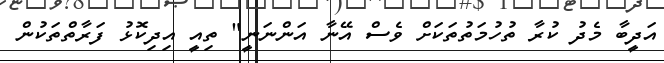
އަދީބާ މެދު ކުރާ ތުހުމަތުތަކަށް ވެސް އޭނާ އަންނަނީ" ތިއީ އިދިކޮޅު ފަރާތްތަކުން